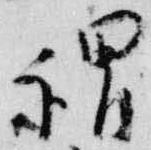
謂